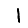
Digit: 1